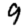
Digit: 9